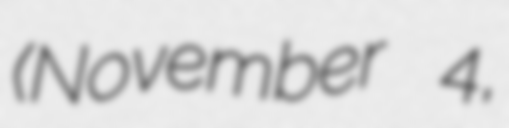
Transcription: (November 4,